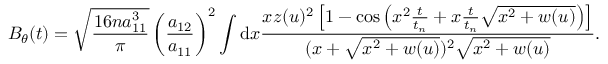
B _ { \theta } ( t ) = \sqrt { \frac { 1 6 n a _ { 1 1 } ^ { 3 } } { \pi } } \left( \frac { a _ { 1 2 } } { a _ { 1 1 } } \right) ^ { 2 } \int \mathrm { d } x \frac { x z ( u ) ^ { 2 } \left[ 1 - \cos \left( x ^ { 2 } \frac { t } { t _ { n } } + x \frac { t } { t _ { n } } \sqrt { x ^ { 2 } + w ( u ) } \right) \right] } { ( x + \sqrt { x ^ { 2 } + w ( u ) } ) ^ { 2 } \sqrt { x ^ { 2 } + w ( u ) } } .